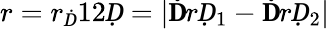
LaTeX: r=r_{Ḋ}12Ḍ=\left|\mathbf ḊrḌ_{1}-\mathbf ḊrḌ_{2}\right|